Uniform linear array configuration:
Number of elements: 8
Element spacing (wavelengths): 0.25
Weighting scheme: uniform
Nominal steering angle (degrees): -15
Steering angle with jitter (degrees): -14.86
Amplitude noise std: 0.05
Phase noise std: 0.05

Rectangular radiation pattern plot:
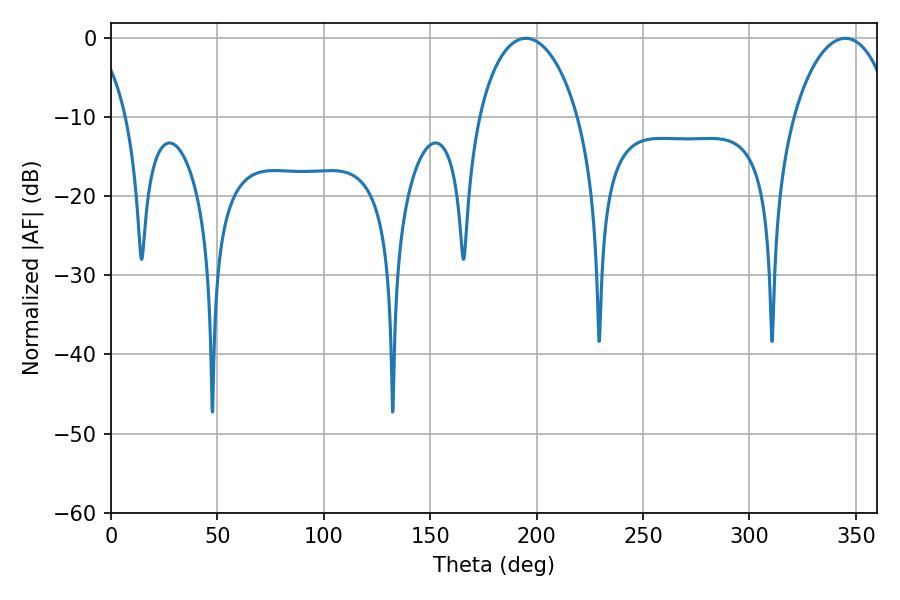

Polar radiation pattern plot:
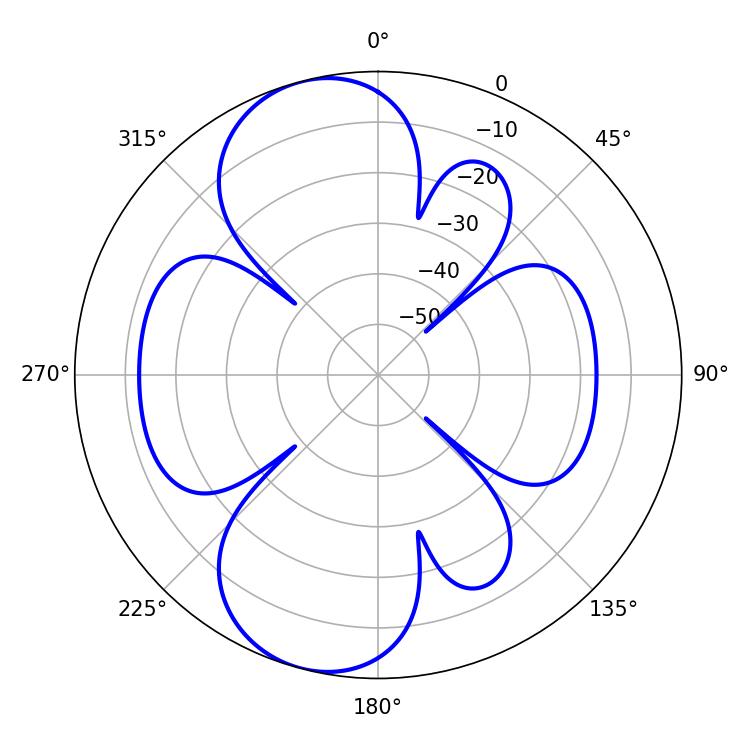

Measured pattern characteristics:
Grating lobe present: FALSE
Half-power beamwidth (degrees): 26.64
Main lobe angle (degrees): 194.94